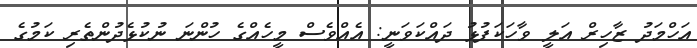
އަހްމަދު ޒާހިރް އަލީ ވާހަކަފުޅު ދައްކަވަނީ: އެއްވެސް މީހެއްގެ ހުންނަ ނުކުޅެދުންތެރި ކަމުގެ